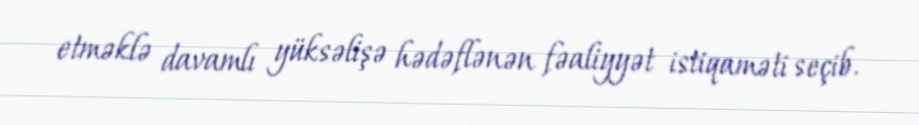
etməklə davamlı yüksəlişə hədəflənən fəaliyyət istiqaməti seçib.